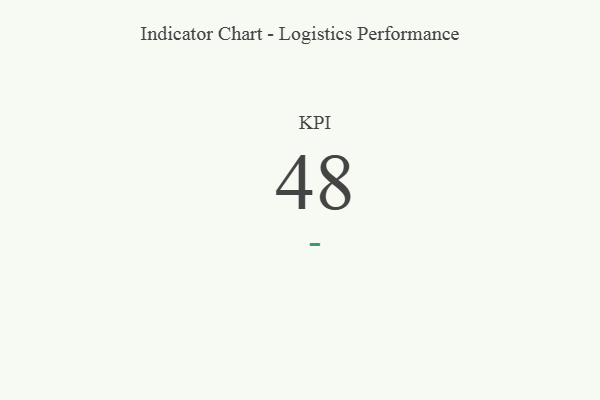
{"axis": {"x": "KPI", "y": "Value"}, "legend": [""], "data": [{"x": "KPI", "y": 48, "type": ""}]}